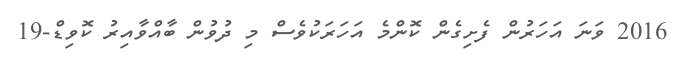
2016 ވަނަ އަހަރުން ފެށިގެން ކޮންމެ އަހަރަކުވެސް މި ދުވުން ބާއްވާއިރު ކޮވިޑް-19